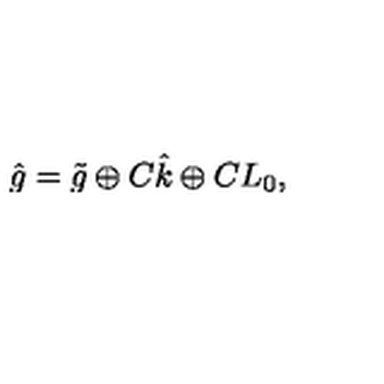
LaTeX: \hat { g } = \tilde { g } \oplus C \hat { k } \oplus C L _ { 0 } ,